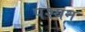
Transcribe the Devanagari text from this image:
पश्यन्‌